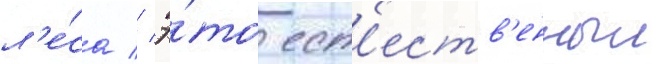
л'е́са // Э́то ест'еств'енныи